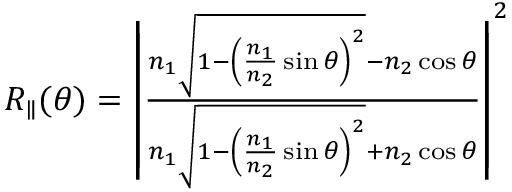
\begin{array} { r } { R _ { \parallel } ( \theta ) = \left| \frac { n _ { 1 } \sqrt { 1 - \left( \frac { n _ { 1 } } { n _ { 2 } } \sin \theta \right) ^ { 2 } } - n _ { 2 } \cos \theta } { n _ { 1 } \sqrt { 1 - \left( \frac { n _ { 1 } } { n _ { 2 } } \sin \theta \right) ^ { 2 } } + n _ { 2 } \cos \theta } \right| ^ { 2 } } \end{array}